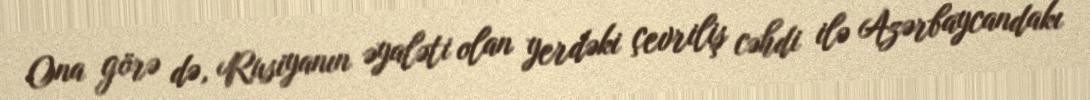
Ona görə də, Rusiyanın əyaləti olan yerdəki çevriliş cəhdi ilə Azərbaycandakı